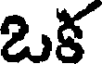
ఒక